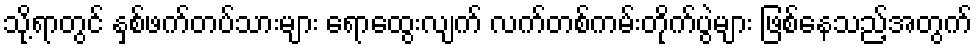
သို့ရာတွင် နှစ်ဖက်တပ်သားများ ရောထွေးလျက် လက်တစ်ကမ်းတိုက်ပွဲများ ဖြစ်နေသည့်အတွက်